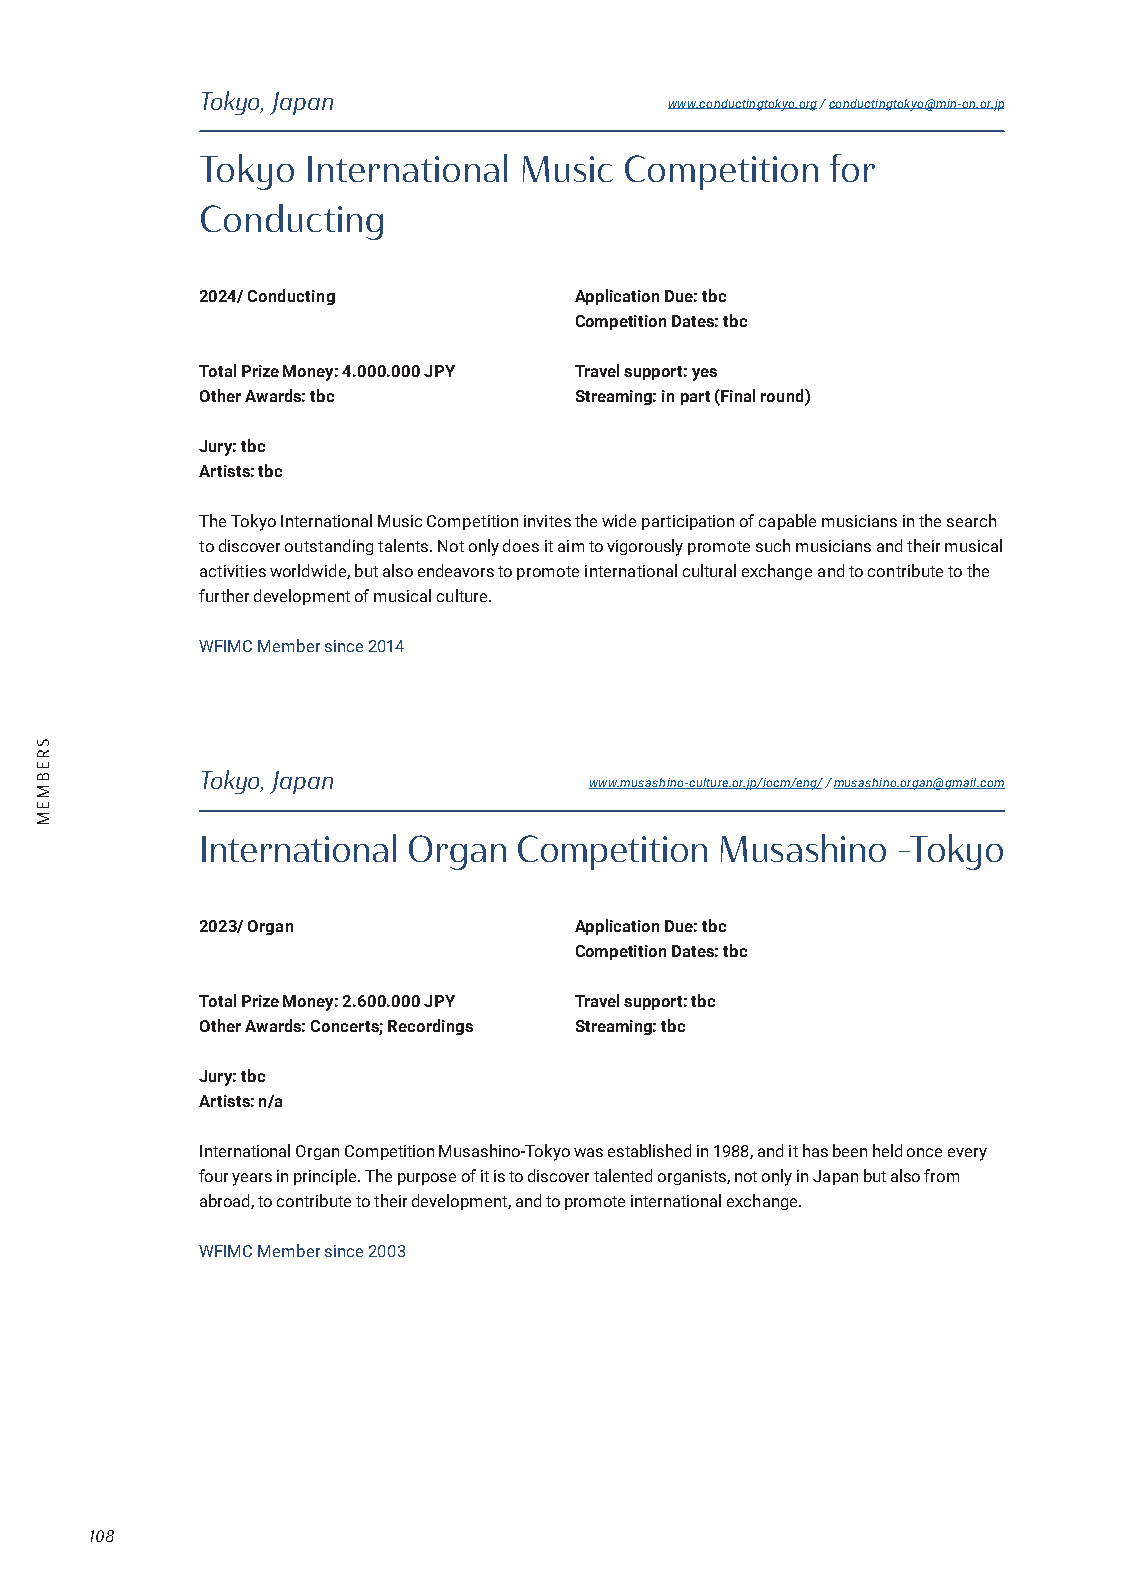
Tokyo, Japan
 www.conductingtokyo.org / conductingtokyo@min-on.or.jp
 Tokyo  International Music  Competition   for
 Conducting
 2024/ Conducting         Application Due: tbc
 Competition Dates: tbc
 Total Prize Money: 4.000.000 JPY Travel support: yes
 Other Awards: tbc        Streaming: in part (Final round)
 Jury: tbc
 Artists: tbc
 The Tokyo International Music Competition invites the wide participation of capable musicians in the search
 to discover outstanding talents. Not only does it aim to vigorously promote such musicians and their musical
 activities worldwide, but also endeavors to promote international cultural exchange and to contribute to the
 further development of musical culture.
 WFIMC Member since 2014
 Tokyo, Japan
 www.musashino-culture.or.jp/iocm/eng/ / musashino.organ@gmail.com
 International Organ  Competition  Musashino   -Tokyo
 2023/ Organ              Application Due: tbc
 Competition Dates: tbc
 Total Prize Money: 2.600.000 JPY Travel support: tbc
 Other Awards: Concerts; Recordings Streaming: tbc
 Jury: tbc
 Artists: n/a
 International Organ Competition Musashino-Tokyo was established in 1988, and it has been held once every
 four years in principle. The purpose of it is to discover talented organists, not only in Japan but also from
 abroad, to contribute to their development, and to promote international exchange.
 WFIMC Member since 2003
 108
 SREBMEM